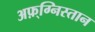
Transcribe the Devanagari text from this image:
अफ़्ग्निस्तान